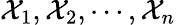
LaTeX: \mathcal{X}_{1},\mathcal{X}_{2},\cdots,\mathcal{X}_{n}